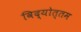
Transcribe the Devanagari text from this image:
विद्योत्तम